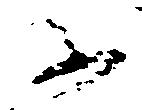
不